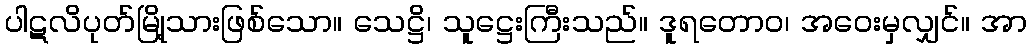
ပါဋလိပုတ်မြို့သားဖြစ်သော။ သေဋ္ဌိ၊ သူဋ္ဌေးကြီးသည်။ ဒူရတောဝ၊ အဝေးမှလျှင်။ အာ